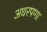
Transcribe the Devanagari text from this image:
अधरपणा